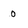
Character: 0